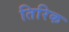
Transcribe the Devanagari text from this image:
तिरिक